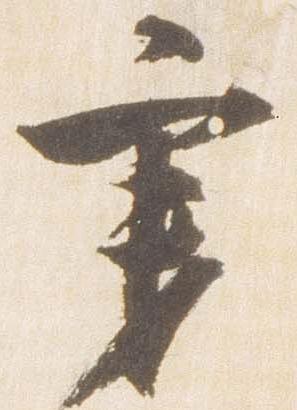
秉